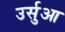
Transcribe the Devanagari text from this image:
उर्सुआ